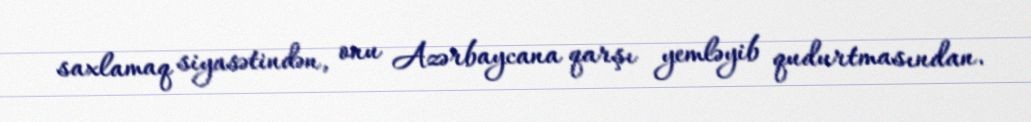
saxlamaq siyasətindən, onu Azərbaycana qarşı yemləyib qudurtmasından.